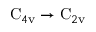
\mathrm { C } _ { 4 \mathrm { v } } \to \mathrm { C } _ { 2 \mathrm { v } }